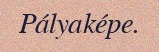
Pályaképe.